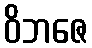
ဝိဘဇေ